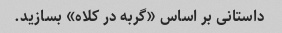
داستانی بر اساس «گربه در کلاه» بسازید.